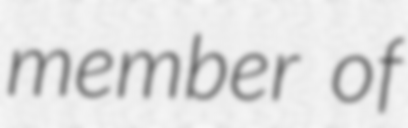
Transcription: member of